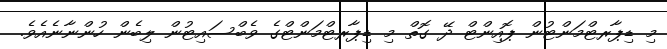
މި ޑިޕާރޓްމަންޓުން ޕޮއިންޓް ދޭ ގޮތް މި ޑިޕާރޓްމަންޓްގެ ވެބްސައިޓުން ލިބެން ހުންނާނެއެވެ.